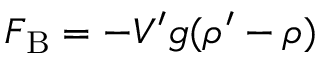
F _ { \mathrm { B } } = - V ^ { \prime } g ( \rho ^ { \prime } - \rho )